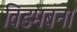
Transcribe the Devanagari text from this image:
विडमबना